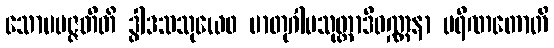
သောပပဇ္ဇတီတိ ဒွါဒသသုယေဝ မာတုဂါမသုတ္တာဒိဝဏ္ဏနာ ပရိဏတောတိ